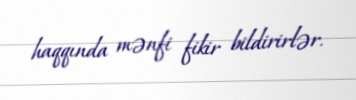
haqqında mənfi fikir bildirirlər.